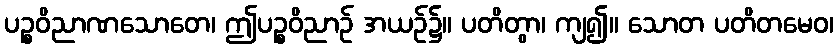
ပဉ္စဝိညာဏသောတေ၊ ဤပဉ္စဝိညာဉ် အယဉ်၌။ ပတိတွာ၊ ကျ၍။ သောတ ပတိတမေဝ၊